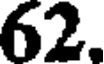
62.